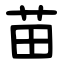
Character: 苗